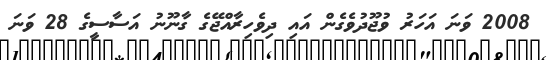
2008 ވަނަ އަހަރު ވުޖޫދުވެގެން އައި ދިވެހިރާއްޖޭގެ ގާނޫނު އަސާސީގެ 28 ވަނަ